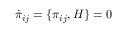
\dot { \pi } _ { i j } = \{ \pi _ { i j } , H \} = 0